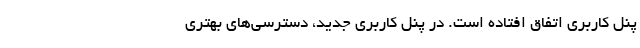
پنل کاربری اتفاق افتاده است. در پنل کاربری جدید، دسترسی‌های بهتری